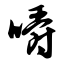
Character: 嚼